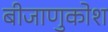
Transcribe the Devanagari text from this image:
बीजाणुकोश